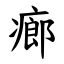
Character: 㾿